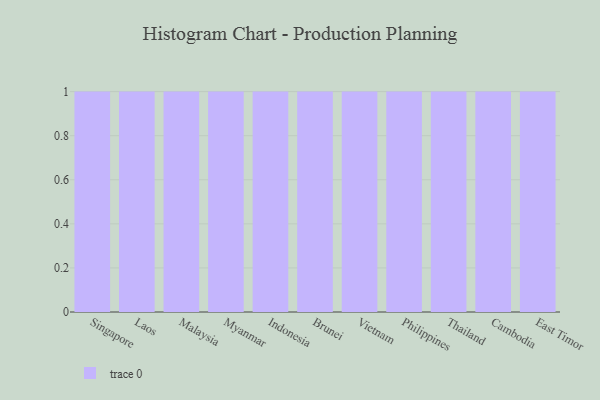
{"axis": {"x": "Country", "y": "Temperature (°C)"}, "legend": [""], "data": [{"x": "Singapore", "y": 19, "type": ""}, {"x": "Laos", "y": 57, "type": ""}, {"x": "Malaysia", "y": 38, "type": ""}, {"x": "Myanmar", "y": 74, "type": ""}, {"x": "Indonesia", "y": 19, "type": ""}, {"x": "Brunei", "y": 60, "type": ""}, {"x": "Vietnam", "y": 85, "type": ""}, {"x": "Philippines", "y": 17, "type": ""}, {"x": "Thailand", "y": 19, "type": ""}, {"x": "Cambodia", "y": 78, "type": ""}, {"x": "East Timor", "y": 55, "type": ""}]}